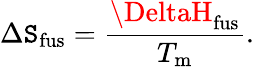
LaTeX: \Delta\mathtt{S}_{\mathrm{{fus}}}={\frac{{\DeltaH_{\mathrm{{fus}}}}}{{T_{\mathrm{{m}}}}}}.